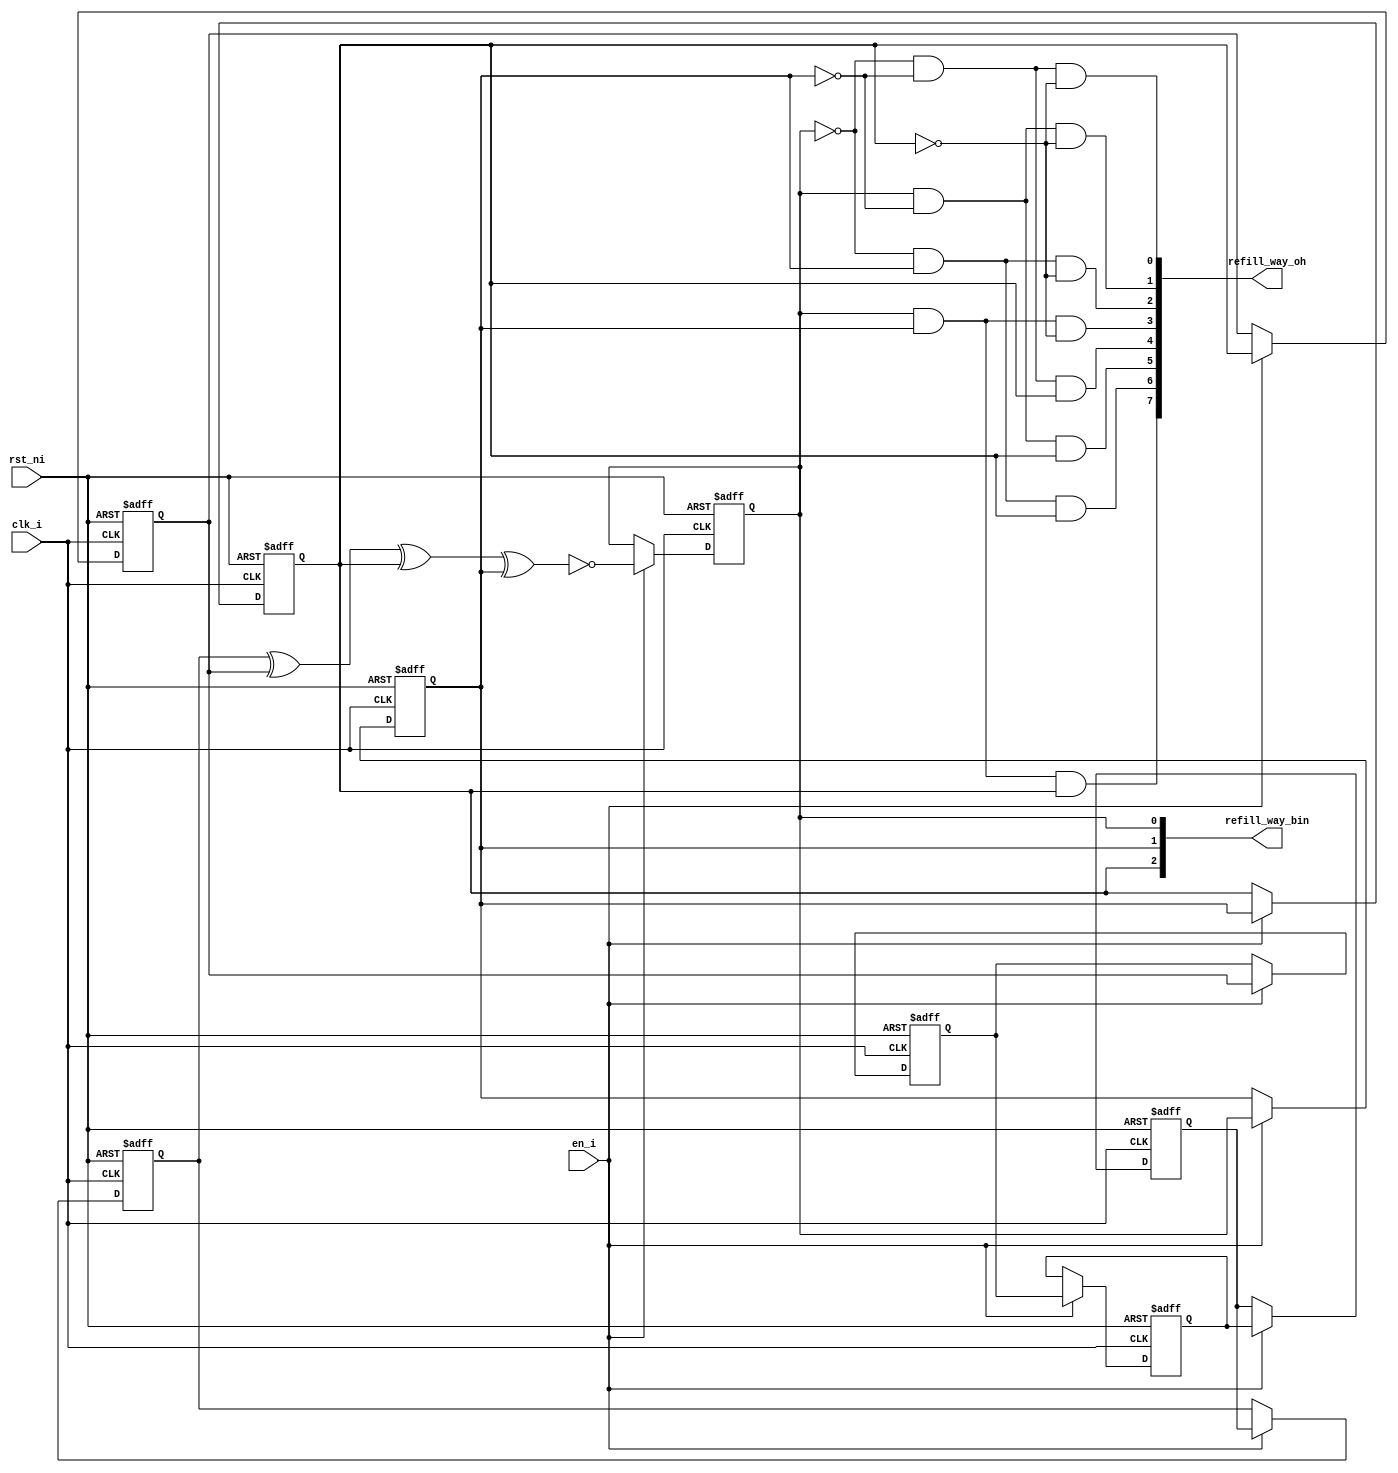
// This program was cloned from: https://github.com/NYU-MLDA/OpenABC
// License: BSD 3-Clause "New" or "Revised" License

module lfsr_8bit_00000008
(
  clk_i,
  rst_ni,
  en_i,
  refill_way_oh,
  refill_way_bin
);

  output [7:0] refill_way_oh;
  output [2:0] refill_way_bin;
  input clk_i;
  input rst_ni;
  input en_i;
  wire [7:0] refill_way_oh;
  wire N0,N1,N2,N3,N4,N5,N6,N7,N8,N9,N10,N11,N12,N13,N14,N15,N16,N17,N18,N19,N20,N21,
  N22,N23,N24;
  reg [7:3] shift_q;
  reg [2:0] refill_way_bin;

  always @(posedge clk_i or posedge N13) begin
    if(N13) begin
      shift_q[7] <= 1'b0;
    end else if(en_i) begin
      shift_q[7] <= shift_q[6];
    end 
  end


  always @(posedge clk_i or posedge N13) begin
    if(N13) begin
      shift_q[6] <= 1'b0;
    end else if(en_i) begin
      shift_q[6] <= shift_q[5];
    end 
  end


  always @(posedge clk_i or posedge N13) begin
    if(N13) begin
      shift_q[5] <= 1'b0;
    end else if(en_i) begin
      shift_q[5] <= shift_q[4];
    end 
  end


  always @(posedge clk_i or posedge N13) begin
    if(N13) begin
      shift_q[4] <= 1'b0;
    end else if(en_i) begin
      shift_q[4] <= shift_q[3];
    end 
  end


  always @(posedge clk_i or posedge N13) begin
    if(N13) begin
      shift_q[3] <= 1'b0;
    end else if(en_i) begin
      shift_q[3] <= refill_way_bin[2];
    end 
  end


  always @(posedge clk_i or posedge N13) begin
    if(N13) begin
      refill_way_bin[2] <= 1'b0;
    end else if(en_i) begin
      refill_way_bin[2] <= refill_way_bin[1];
    end 
  end


  always @(posedge clk_i or posedge N13) begin
    if(N13) begin
      refill_way_bin[1] <= 1'b0;
    end else if(en_i) begin
      refill_way_bin[1] <= refill_way_bin[0];
    end 
  end


  always @(posedge clk_i or posedge N13) begin
    if(N13) begin
      refill_way_bin[0] <= 1'b0;
    end else if(en_i) begin
      refill_way_bin[0] <= N12;
    end 
  end

  assign N14 = refill_way_bin[0] & refill_way_bin[1];
  assign refill_way_oh[7] = N14 & refill_way_bin[2];
  assign N15 = N0 & refill_way_bin[1];
  assign N0 = ~refill_way_bin[0];
  assign refill_way_oh[6] = N15 & refill_way_bin[2];
  assign N16 = refill_way_bin[0] & N1;
  assign N1 = ~refill_way_bin[1];
  assign refill_way_oh[5] = N16 & refill_way_bin[2];
  assign N17 = N2 & N3;
  assign N2 = ~refill_way_bin[0];
  assign N3 = ~refill_way_bin[1];
  assign refill_way_oh[4] = N17 & refill_way_bin[2];
  assign N18 = refill_way_bin[0] & refill_way_bin[1];
  assign refill_way_oh[3] = N18 & N4;
  assign N4 = ~refill_way_bin[2];
  assign N19 = N5 & refill_way_bin[1];
  assign N5 = ~refill_way_bin[0];
  assign refill_way_oh[2] = N19 & N6;
  assign N6 = ~refill_way_bin[2];
  assign N20 = refill_way_bin[0] & N7;
  assign N7 = ~refill_way_bin[1];
  assign refill_way_oh[1] = N20 & N8;
  assign N8 = ~refill_way_bin[2];
  assign N21 = N9 & N10;
  assign N9 = ~refill_way_bin[0];
  assign N10 = ~refill_way_bin[1];
  assign refill_way_oh[0] = N21 & N11;
  assign N11 = ~refill_way_bin[2];
  assign N12 = ~N24;
  assign N24 = N23 ^ refill_way_bin[1];
  assign N23 = N22 ^ refill_way_bin[2];
  assign N22 = shift_q[7] ^ shift_q[3];
  assign N13 = ~rst_ni;

endmodule